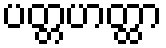
ပတ္တဟတ္ထာ